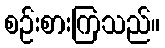
စဉ်းစားကြသည်။